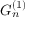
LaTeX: G _ { n } ^ { ( 1 ) }